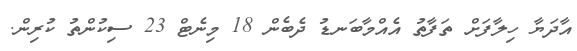
އާދަޔާ ހިލާފަށް ތަފާތު އެއްމާބަނޑު ދެބެން 18 މިނެޓް 23 ސިކުންތު ކުރިން.